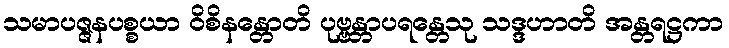
သမာပဇ္ဇနပစ္စယာ ဝိစိနန္တောတိ ပုဗ္ဗန္တာပရန္တေသု သဒ္ဒဟာတိ အန္တရဋ္ဌကာ